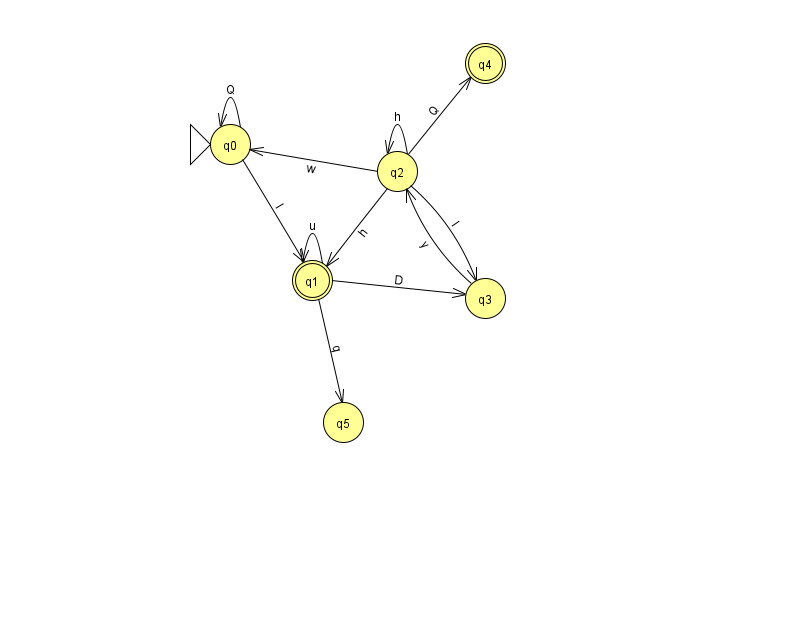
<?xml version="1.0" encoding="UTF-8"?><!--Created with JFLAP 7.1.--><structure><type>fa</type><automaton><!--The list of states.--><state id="0" name="q0"><x>230.0</x><y>131.0</y><initial/></state><state id="1" name="q1"><x>312.0</x><y>267.0</y><final/></state><state id="2" name="q2"><x>397.0</x><y>158.0</y></state><state id="3" name="q3"><x>485.0</x><y>285.0</y></state><state id="4" name="q4"><x>485.0</x><y>50.0</y><final/></state><state id="5" name="q5"><x>343.0</x><y>409.0</y></state><!--The list of transitions.--><transition><from>1</from><to>3</to><read>D</read></transition><transition><from>2</from><to>3</to><read>I</read></transition><transition><from>3</from><to>2</to><read>y</read></transition><transition><from>0</from><to>0</to><read>Q</read></transition><transition><from>1</from><to>5</to><read>q</read></transition><transition><from>2</from><to>0</to><read>w</read></transition><transition><from>0</from><to>1</to><read>l</read></transition><transition><from>1</from><to>1</to><read>u</read></transition><transition><from>2</from><to>1</to><read>h</read></transition><transition><from>2</from><to>2</to><read>h</read></transition><transition><from>2</from><to>4</to><read>Q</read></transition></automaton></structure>